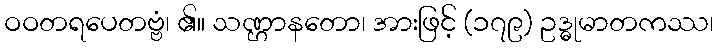
ဝဝတရပေတဗ္ဗံ၊ ၏။ သဏ္ဌာနတော၊ အားဖြင့် (၁၇၉) ဥဒ္ဓုမာတကဿ၊